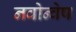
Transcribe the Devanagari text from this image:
नवोन्वेष